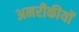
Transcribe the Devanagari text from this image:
अमरीकीयों